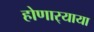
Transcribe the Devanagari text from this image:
होणार्‍याया